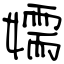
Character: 嬬